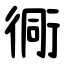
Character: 衕